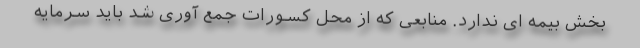
بخش بیمه ای ندارد. منابعی که از محل کسورات جمع آوری شد باید سرمایه